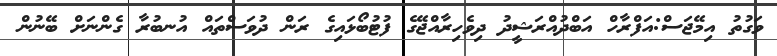
ވަގުތު އިމޭޖަސް:އަފްރާހް އަބްދުއްރަޝީދު ދިވެހިރާއްޖޭގެ ފުޓުބޯޅައިގެ ރަން ދުވަސްތައް އުނބުރާ ގެންނަށް ބޭނުން